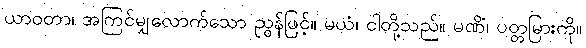
ယာဝတာ၊ အကြင်မျှလောက်သော ညွန်ဖြင့်။ မယံ၊ ငါတို့သည်။ မဏိံ၊ ပတ္တမြားကို။